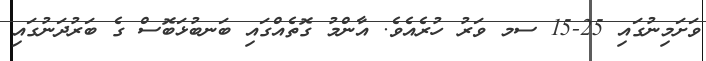
ވަށަމިނުގައި 25-15 ސމ ވަރު ހުރެއެވެ. އާންމު ގޮތެއްގައި ބަނބުޅަބޮސް ގެ ބަރުދަނުގައި